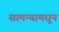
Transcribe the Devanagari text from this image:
सामन्यामधून